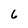
Character: 6